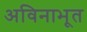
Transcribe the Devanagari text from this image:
अविनाभूत